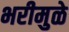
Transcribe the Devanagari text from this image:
भरीमुळे